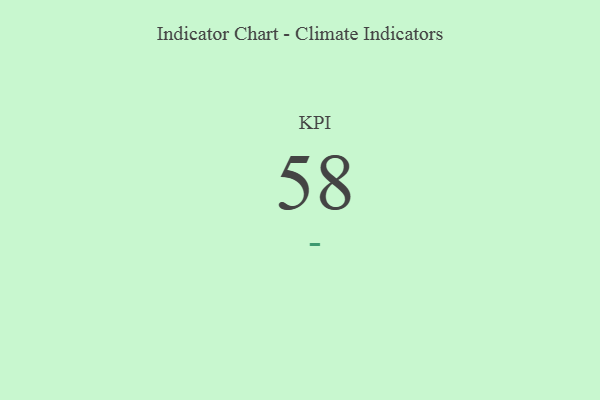
{"axis": {"x": "KPI", "y": "Value"}, "legend": [""], "data": [{"x": "KPI", "y": 58, "type": ""}]}